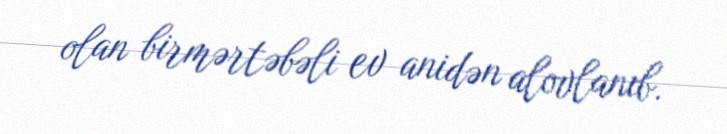
olan birmərtəbəli ev anidən alovlanıb.